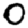
Digit: 0